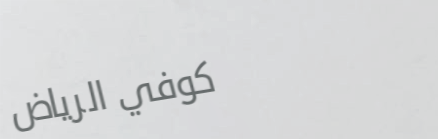
كوفي الرياض